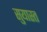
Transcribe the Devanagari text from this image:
सुयास्त